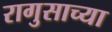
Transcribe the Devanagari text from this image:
रागुसाच्या